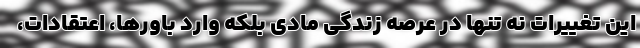
این تغییرات نه تنها در عرصه زندگی مادی بلکه وارد باورها، اعتقادات،